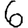
Digit: 6